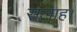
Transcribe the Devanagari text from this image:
सलाह।